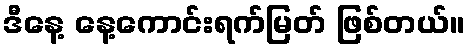
ဒီနေ့ နေ့ကောင်းရက်မြတ် ဖြစ်တယ်။